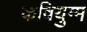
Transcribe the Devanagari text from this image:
कवियुग्म